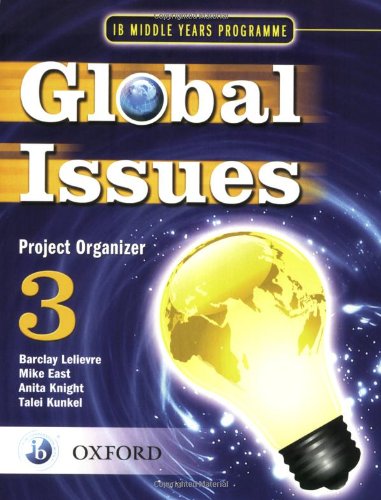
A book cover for IB Global Issues Project Organizer 3: Middle Years Programme (International Baccalaureate); Levlievre & East; Teen & Young Adult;